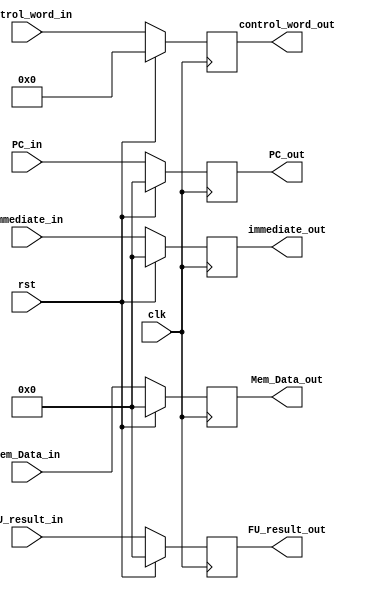
module MEM_WB( input clk,
               input rst,
               input [34:0] control_word_in,
               output reg [34:0] control_word_out,
               input [31:0] PC_in,
               output reg [31:0] PC_out,
               input [31:0] immediate_in,
               output reg [31:0] immediate_out,
               input [31:0] FU_result_in,
               output reg [31:0] FU_result_out,
               input [31:0] Mem_Data_in,
               output reg [31:0] Mem_Data_out );
               
               always@(posedge clk) begin
                    if ( rst ) begin
                        control_word_out <= 35'h000000000;
                        immediate_out    <= 32'h00000000;
                        PC_out           <= 32'h00000000;
                        FU_result_out    <= 32'b00000000;
                        Mem_Data_out     <= 32'h00000000;
                    end
                    else begin
                        control_word_out <= control_word_in;
                        immediate_out    <= immediate_in;
                        PC_out           <= PC_in;
                        FU_result_out    <= FU_result_in;
                        Mem_Data_out     <= Mem_Data_in;
                    end
               end


endmodule